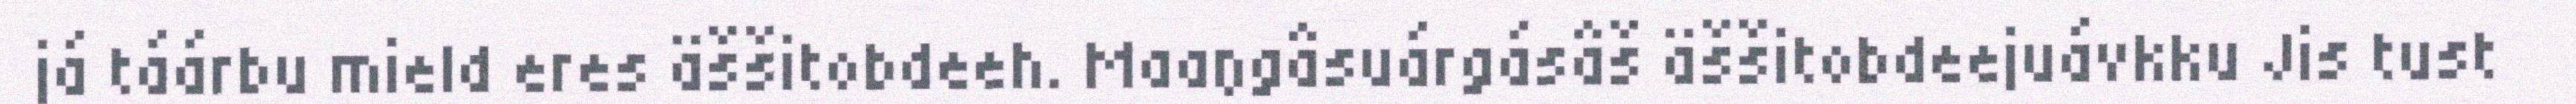
já táárbu mield eres äššitobdeeh. Maaŋgâsuárgásâš äššitobdeejuávkku Jis tust